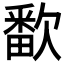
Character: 𬅱